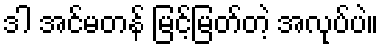
ဒါ အင်မတန် မြင့်မြတ်တဲ့ အလုပ်ပဲ။